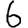
Digit: 6